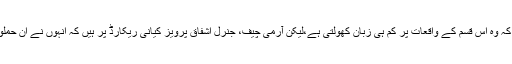
فوج کی روایات تو یہ ہیں کہ وہ اس قسم کے واقعات پر کم ہی زبان کھولتی ہے،لیکن آرمی چیف، جنرل اشفاق پرویز کیانی ریکارڈ پر ہیں کہ انہوں نے ان حملوں کی کھل کر مخالف کی۔